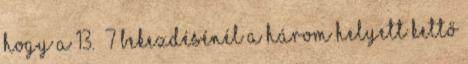
hogy a 13.§ 7 bekezdésénél a három helyett kettő